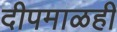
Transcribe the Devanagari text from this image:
दीपमाळही